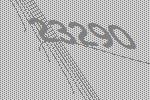
23290